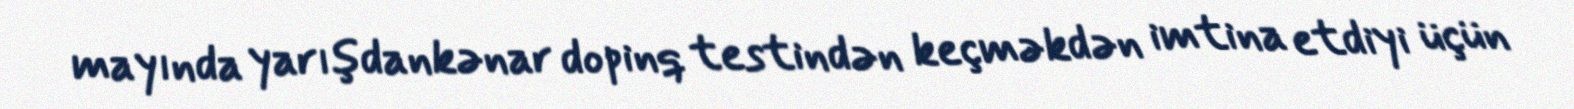
mayında yarışdankənar dopinq testindən keçməkdən imtina etdiyi üçün